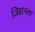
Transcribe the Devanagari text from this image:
जिब्रानला